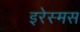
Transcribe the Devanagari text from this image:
इरेस्मस